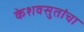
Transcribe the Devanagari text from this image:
केशवसुतांचा